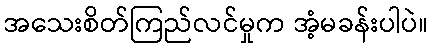
အသေးစိတ်ကြည်လင်မှုက အံ့မခန်းပါပဲ။